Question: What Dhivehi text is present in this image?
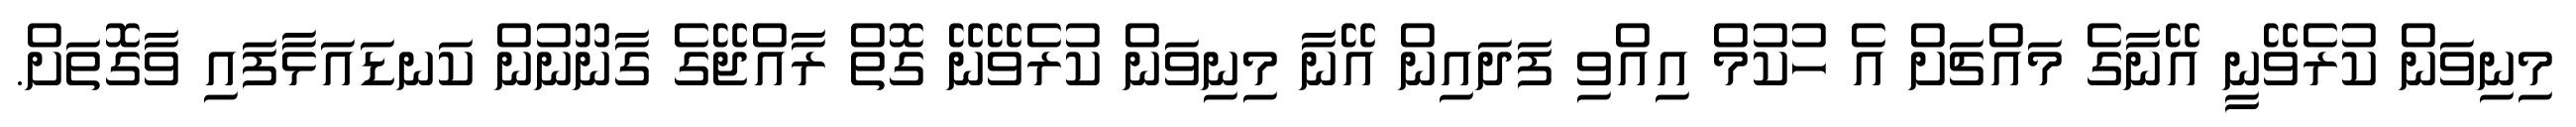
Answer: މިނިވަން ކުރެވޭނީ އޭނާގެ މައްޗަށް އެ ހުކުމް އިއްވި ފަދައިން އޭނާ މިނިވަން ކުރެވޭނޭ ގޮތް ރާއްޖޭގެ ގާނޫނުން ކަނޑައަޅާފައި ވާގޮތަށް.